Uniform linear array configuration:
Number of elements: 16
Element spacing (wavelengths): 0.25
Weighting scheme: binomial
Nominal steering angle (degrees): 60
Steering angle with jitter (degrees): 61.928
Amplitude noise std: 0.05
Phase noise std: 0.05

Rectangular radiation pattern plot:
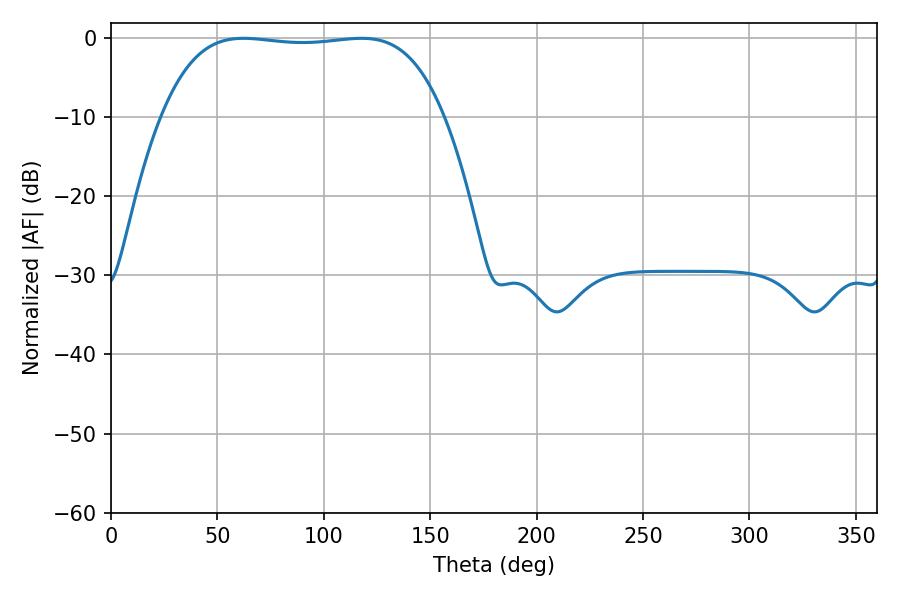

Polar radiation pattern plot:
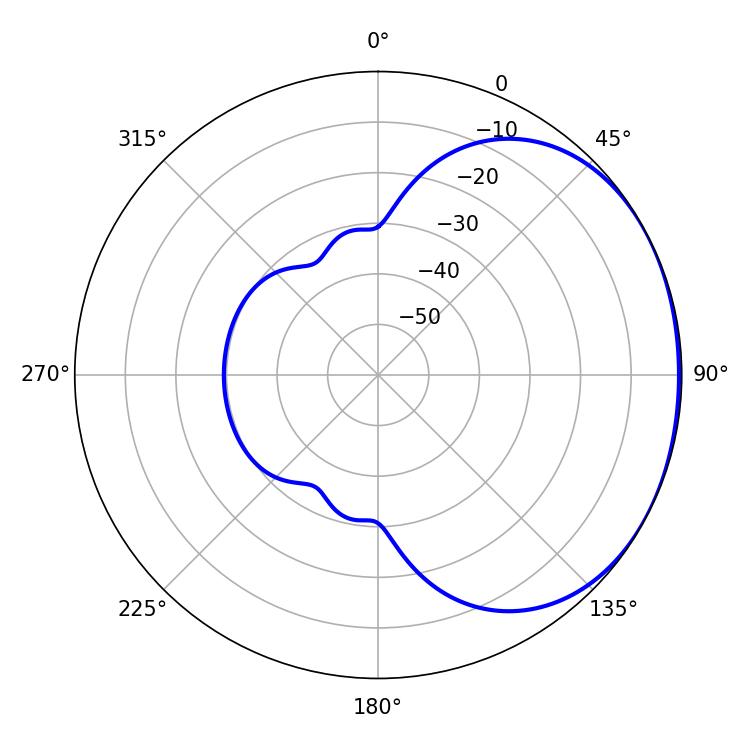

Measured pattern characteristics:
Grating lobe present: FALSE
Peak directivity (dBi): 1.249
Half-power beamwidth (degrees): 104.04
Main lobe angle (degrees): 62.28